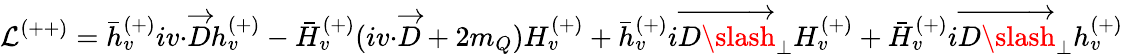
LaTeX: {\cal L}^{(++)}=\bar{h}_{v}^{(+)}iv{\cdot}\overrightarrow{D}h_{v}^{(+)}-\bar{H}_{v}^{(+)}(iv{\cdot}\overrightarrow{D}+2m_{Q})H_{v}^{(+)}+\bar{h}_{v}^{(+)}i\overrightarrow{D{\slash}}_{\bot}H_{v}^{(+)}+\bar{H}_{v}^{(+)}i\overrightarrow{D{\slash}}_{\bot}h_{v}^{(+)}